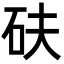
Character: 砆